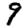
Digit: 9